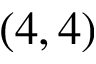
( 4 , 4 )